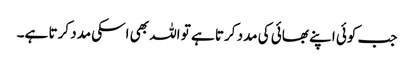
جب کوئی اپنے بھائی کی مدد کرتا ہے تو اللہ بھی اسکی مدد کرتا ہے۔